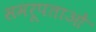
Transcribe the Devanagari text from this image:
समरूपताओं